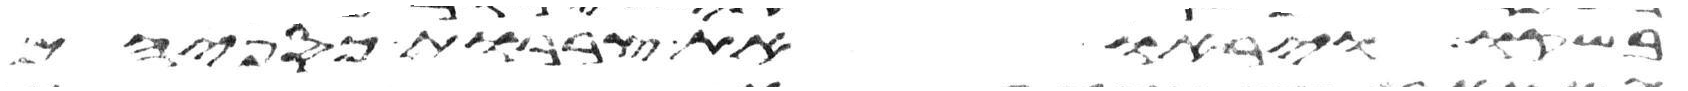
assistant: בשקו ויראו את צררות כספיהם